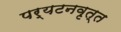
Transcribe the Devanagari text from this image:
पर्यटनवृत्त